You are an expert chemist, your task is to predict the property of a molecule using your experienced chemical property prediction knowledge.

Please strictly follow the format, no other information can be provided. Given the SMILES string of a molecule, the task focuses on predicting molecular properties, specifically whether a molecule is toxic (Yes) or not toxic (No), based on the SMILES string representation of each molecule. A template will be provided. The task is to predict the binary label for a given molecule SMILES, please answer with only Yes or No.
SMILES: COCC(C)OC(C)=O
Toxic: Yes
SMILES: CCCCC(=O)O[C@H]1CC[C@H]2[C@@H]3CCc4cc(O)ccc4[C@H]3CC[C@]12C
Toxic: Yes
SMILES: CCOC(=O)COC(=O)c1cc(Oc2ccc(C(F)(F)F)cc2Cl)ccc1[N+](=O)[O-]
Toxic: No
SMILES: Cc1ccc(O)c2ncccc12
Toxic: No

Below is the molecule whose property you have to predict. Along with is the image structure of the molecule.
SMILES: CC(C)(C)N(NC(=O)c1ccc(Cl)cc1)C(=O)c1ccccc1
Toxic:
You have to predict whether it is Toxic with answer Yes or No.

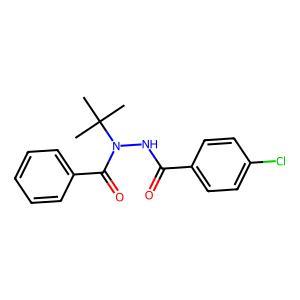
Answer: No